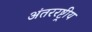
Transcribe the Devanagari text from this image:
अंतररष्ट्रीय